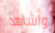
وأشاهد